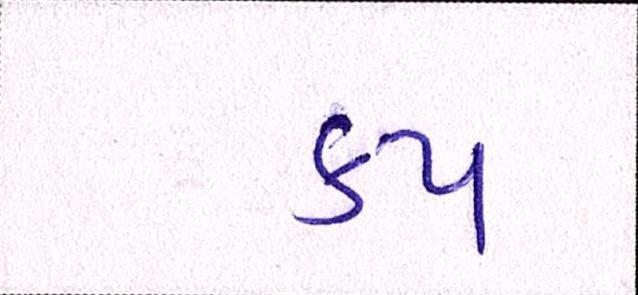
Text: કપ